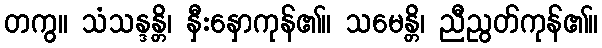
တကွ။ သံသန္ဒန္တိ၊ နှီးနှောကုန်၏။ သမေန္တိ၊ ညီညွတ်ကုန်၏။